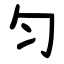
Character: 匀